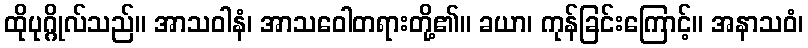
ထိုပုဂ္ဂိုလ်သည်။ အာသဝါနံ၊ အာသဝေါတရားတို့၏။ ခယာ၊ ကုန်ခြင်းကြောင့်။ အနာသဝံ၊